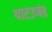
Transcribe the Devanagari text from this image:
थाटउजंड